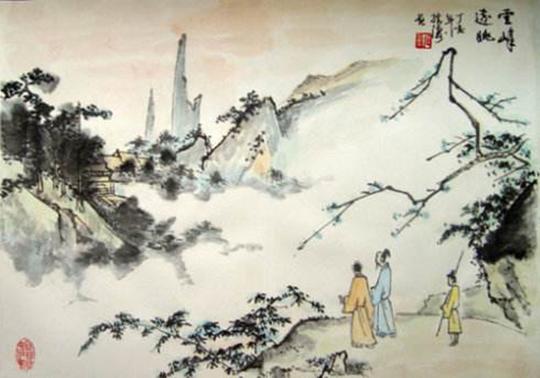
时人不识凌云木，直待凌云始道高。